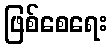
ဖြစ်စေရေး